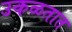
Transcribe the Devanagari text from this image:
उकळतात